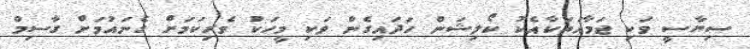
ސިޔާސީ ވަކި ޖަމާއަތަކާއެކު ކޯލިޝަން ހަދައިގެން ވަކި މީހަކު ވެރިކަމަށް ގެނައުމަށް ގާސިމް